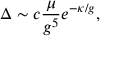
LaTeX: \Delta \sim c { \frac { \mu } { g ^ { 5 } } } e ^ { - \kappa / g } ,